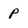
Character: p